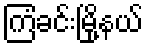
ကြံခင်းမြို့နယ်